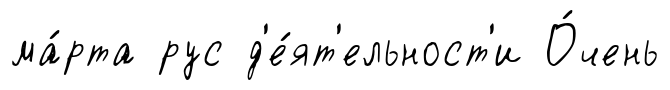
ма́рта рус д'е́ят'ельност'и О́чень